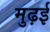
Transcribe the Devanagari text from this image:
मुढ़ई